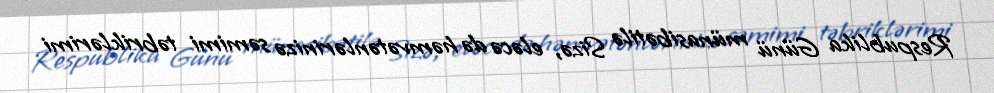
Respublika Günü münasibətilə Sizə, eləcə də həmvətənlərinizə səmimi təbriklərimi